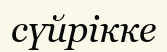
сүйрікке